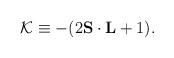
LaTeX: \begin{align*}{\cal K}\equiv -(2{\bf S}\cdot{\bf L}+1).\end{align*}